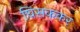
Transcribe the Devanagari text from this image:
घिसककर